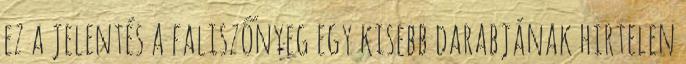
ez a jelentés a faliszőnyeg egy kisebb darabjának hirtelen